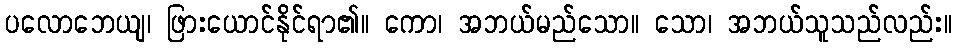
ပလောဘေယျ၊ ဖြားယောင်နိုင်ရာ၏။ ကော၊ အဘယ်မည်သော။ သော၊ အဘယ်သူသည်လည်း။